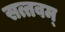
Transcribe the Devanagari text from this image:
सत्तवम्‌